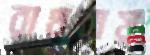
রাথুরায়